Report on sanitation, dispensaries, and jails in Rajputana for 1910, and on vaccination for the year 1910-1911 - 1910-1911
Year: 1910
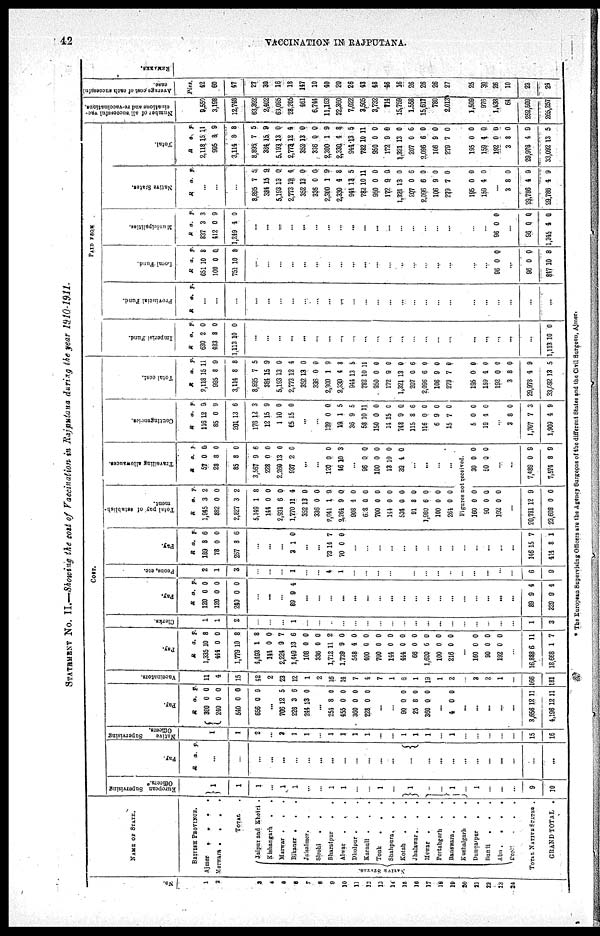
42
VACCINATION IN RAJPUTANA.
STATEMENT No. II.—Showing the cost of Vaccination in Rajputana durig the year 1910-1911.
No.
1
2
3
4
5
6
7
8
9
10
11
12
13
14
15
16
17
18
19
20
21
22
23
24
NAME OF STATE.
BRITISH PROVINCE.
Ajmer
.
.
. .
Merwara .
.
. .
TOTAL.
NATIVE STATES.
Jaipur and Khetri .
Kishangarh . .
Marwar .
. .
Bikaner . . .
Jaisalmer.
.
Sirohi
. .
Bharatpur
. .
Alwar
.
.
.
Dholpur . . .
Karauli .
.
.
Tonk . . .
Shahpura.
. .
Kotah . . .
Jhalawar.
.
.
Mewar . . .
Pertabgarh . .
Banswara . . .
Kushalgarh
.
.
Dungarpur
.
.
Bunii . . .
Abu .
.
.
.
Deoli . .
TOTAL NATIVE STATES .
GRAND TOTAL .
COST.
European Supervising Officers.
1
1
1
...
1
1
...
...
1
1
...
...
1
...
1
1
1
...
...
...
9
10
Pay.
R
a. p.
...
...
...
...
...
...
...
...
...
...
...
...
...
...
...
...
...
...
...
...
...
...
...
...
...
Native
Supervising Officers
1
1
2
...
2
1
1
...
1
1
1
1
...
...
1
1
1
...
1
...
...
...
...
15
16
Pay.
R
300
240
540
656
a.
0
0
0
0
p.
0
0
0
0
...
706
228
244
12
3
13
5
6
0
...
251
455
360
228
8
0
0
0
0
0
0
0
...
...
90
25
360
0
8
0
0
0
0
...
4 0 0
...
...
...
...
...
3,656
4,196
12
12
11
11
Vaccinators.
11
4
15
42
2
23
12
1
2
16
14
7
4
7
1
6
1
19
1
2
...
3
2
1
...
166
181
Pay.
R
1,335
441
1,778
4,483
144
2,224
1,449
108
336
1,712
1.739
548
400
700
144
444
66
1,620
100
216
...
160
90
192
...
16,888
18,668
a.
10
0
10
1
0
9
13
0
0
11
9
4
0
0
0
0
0
6
0
0
0
0
0
6
1
p.
8
0
8
8
0
7
6
0
0
2
0
0
0
0
0
0
0
0
0
0
0
0
0
11
7
Clerks.
1
1
2
...
...
1
...
...
...
...
...
...
...
...
...
...
...
...
...
...
...
...
...
...
1
3
Pay.
R
120
120
240
a.
0
0
0
p.
0
0
0
...
...
...
89 9 4
...
...
...
...
...
...
...
...
...
...
...
...
...
...
...
...
...
...
89
329
9
9
4
4
Peons, etc
2
1
3
...
...
...
1
...
...
4
1
...
...
...
...
...
...
...
...
...
...
...
...
...
...
6
9
Pay.
R
189
78
267
a.
8
0
8
p.
6
0
6
...
...
...
8 1 0
...
...
73
70
14
0
7
0
...
...
...
...
...
...
...
...
...
...
...
...
...
...
146
414
15
8
7
1
Total
pay of establish¬
ment.
R
1,945
882
2,827
5,149
144
2,931
1,770
352
336
2,041
2,264
908
6.8
700
144
534
91
1,980
100
261
a.
3
0
3
1
0
6
11
13
0
1
9
4
0
0
0
0
8
6
0
0
p.
2
0
2
8
0
0
4
0
0
9
0
0
0
0
0
0
0
0
0
0
Travelling allowauces.
R
57
28
85
3,567
228
2,269
937
a.
0
8
8
9
0
13
2
p.
0
0
0
6
0
0
0
...
...
120
46
0
10
0
3
...
96
100
13
39
0
0
10
4
0
0
0
0
...
...
...
...
Figures not received.
160
90
192
...
20,781
23,608
0
0
0
12
0
0
0
0
9
0
30
60
0
0
0
...
...
7,489
7,574
0
8
9
9
Contingencies.
R
116
85
201
178
12
1
65
..
..
139
19
36
58
150
14
748
115
116
6
15
a.
12
0
13
12
15
10
15
0
1
9
10
0
15
9
8
0
9
7
p.
9
9
6
3
9
0
0
0
5
5
11
0
0
0
6
0
0
0
...
5
19
0
4
0
0
...
3
1,707
1,909
8
7
4
0
3
9
Total cost.
R
2,118
995
3,114
8,895
384
5,193
2,773
352
336
2,300
2,330
944
782
950
172
1,321
207
2,096
106
279
a.
15
8
8
7
15
13
12
13
0
1
4
13
10
0
9
13
0
6
9
7
p.
11
9
8
5
9
0
4
0
0
9
8
5
11
0
0
0
6
0
0
0
...
195
159
192
3
29,978
33,092
0
4
0
8
4
13
0
0
0
0
9
5
PAID FROM
Imperial Fund.
R
630
483
1,113
a.
2
8
10
p.
0
0
0
...
...
...
...
...
...
...
...
...
...
...
...
...
...
...
...
...
...
...
...
...
...
...
1,113 10 0
Provincial Fund.
R a. p.
...
...
...
...
...
...
...
...
...
...
...
...
...
...
...
...
...
...
...
...
...
...
...
...
...
...
Local Fund.
R
651
100
751
a.
10
0
10
p.
8
0
8
...
...
...
...
...
...
...
...
...
...
...
...
...
...
...
...
...
...
...
...
96 0 0
...
96
847
0
10
0
8
Municipalities.
R
837
412
1,249
a.
3
0
4
p.
3
9
0
...
...
...
...
...
...
...
...
...
...
...
...
...
...
...
...
...
...
...
96 0 0
56
1,345
0
4
0
0
Native States
R a. p.
...
...
...
8,895
384
5,193
2,773
352
336
2,300
2,330
944
782
950
172
1,321
207
2,096
106
279
7
15
13
12
13
0
1
4
13
10
0
9
13
0
6
9
7
5
9
0.
4
0
0
9
8
5
11
0
0
0
6
0
0
0
...
185
159
0
4
0
0
...
3
29,786
29,786
8
4
4
0
9
9
Total.
R
2,118
995
3,114
8,895
384
5,193
2,773
352
336
2,300
2,330
944
782
950
172
1,321
207
2,096
106
279
a.
15
8
8
7
15.
13
12
13
0
1
4
13
10
0
9
13
0
6
9
7
p.
11
9
8
5
9
0
4
0
0
9
8
5
11
0
0
0
6
0
0
0
...
195
159
192
3
29,978
33,092
0
4
0
8
4
13
0
0
0
0
9
5
Number of all successful vac-
cinations and re-vaccinations.
9,550
3,198
12,748
63,392
2,402
63,095
28,205
461
6,744
11,163
22,360
7,022
3,505
3,732
714
15,759
1,558
15,617
780
2,013
...
1,509
976
1,438
64
252,509
265,257
Average cost of each successful
case.
Pies.
42
60
47
27
30
16
18
147
10
40
20
26
43
48
46
16
26
26
26
27
...
25
30
26
10
23
24
REMARKS.
...
* The European Supervising Officers are the Agency Surgeons of the different States and the Civil Surgeon, Ajmer.